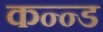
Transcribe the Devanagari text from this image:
कन्न्ड